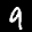
Label: 9